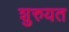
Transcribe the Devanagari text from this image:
शुरुयत